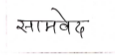
मजकूर: सामवेद